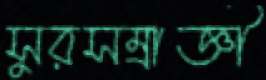
সুরসম্রাজ্ঞী